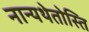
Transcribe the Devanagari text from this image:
नान्यथेतोस्ति